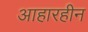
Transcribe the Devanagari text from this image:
आहारहीन